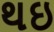
થઇ